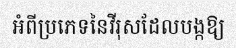
អំពីប្រភេទនៃវីរុសដែលបង្កឱ្យ